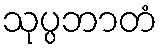
သုပ္ပဘာတံ